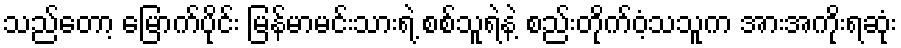
သည်တော့ မြောက်ပိုင်း မြန်မာမင်းသားရဲ့ စစ်သူရဲနဲ့ စည်းတိုက်ဝံ့သသူက အားအကိုးရဆုံး